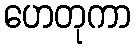
ဟေတုကာ